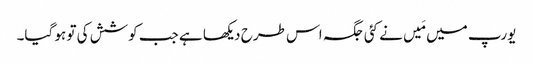
یورپ میں مَیں نے کئی جگہ اس طرح دیکھا ہے جب کوشش کی تو ہو گیا۔